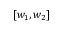
[ w _ { 1 } , w _ { 2 } ]